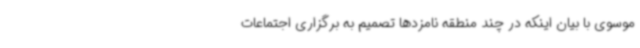
موسوی با بیان اینکه در چند منطقه نامزدها تصمیم به برگزاری اجتماعات